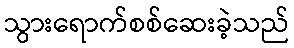
သွားရောက်စစ်ဆေးခဲ့သည်